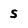
Character: s